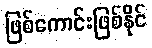
ဖြစ်ကောင်းဖြစ်နိုင်